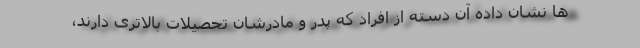
ها نشان داده آن دسته از افراد که پدر و مادرشان تحصیلات بالاتری دارند،